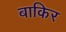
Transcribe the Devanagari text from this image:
बाकिर